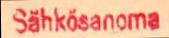
Sähkösanoma